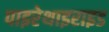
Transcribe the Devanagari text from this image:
पाइरेथाइराइड